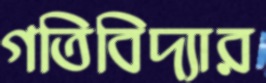
গতিবিদ্যার